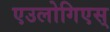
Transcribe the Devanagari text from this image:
एउलोगिएस्